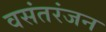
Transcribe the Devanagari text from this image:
वसंतरंजन